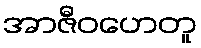
အာဇီဝဟေတူ